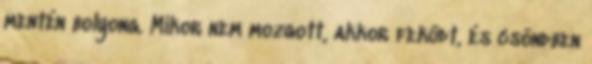
mentén bolyong. Mikor nem mozgott, akkor feküdt, és csöndben